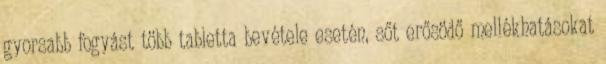
gyorsabb fogyást több tabletta bevétele esetén, sőt erősödő mellékhatásokat